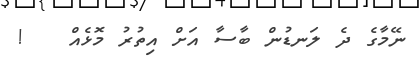
ނޭމާގެ ދެ ލަނޑުން ބާސާ އަށް އިތުރު މޮޅެއް   !